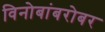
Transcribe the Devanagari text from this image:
विनोबांबरोबर